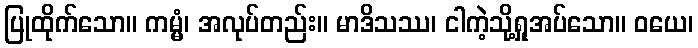
ပြုထိုက်သော။ ကမ္မံ၊ အလုပ်တည်း။ မာဒိသဿ၊ ငါကဲ့သို့ရှုအပ်သော။ ဝယေ၊